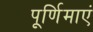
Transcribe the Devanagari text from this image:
पूर्णिमाएं